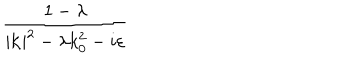
LaTeX: \frac { 1 - \lambda } { | \mathbf { k } | ^ { 2 } - \lambda k _ { 0 } ^ { 2 } - i \varepsilon }